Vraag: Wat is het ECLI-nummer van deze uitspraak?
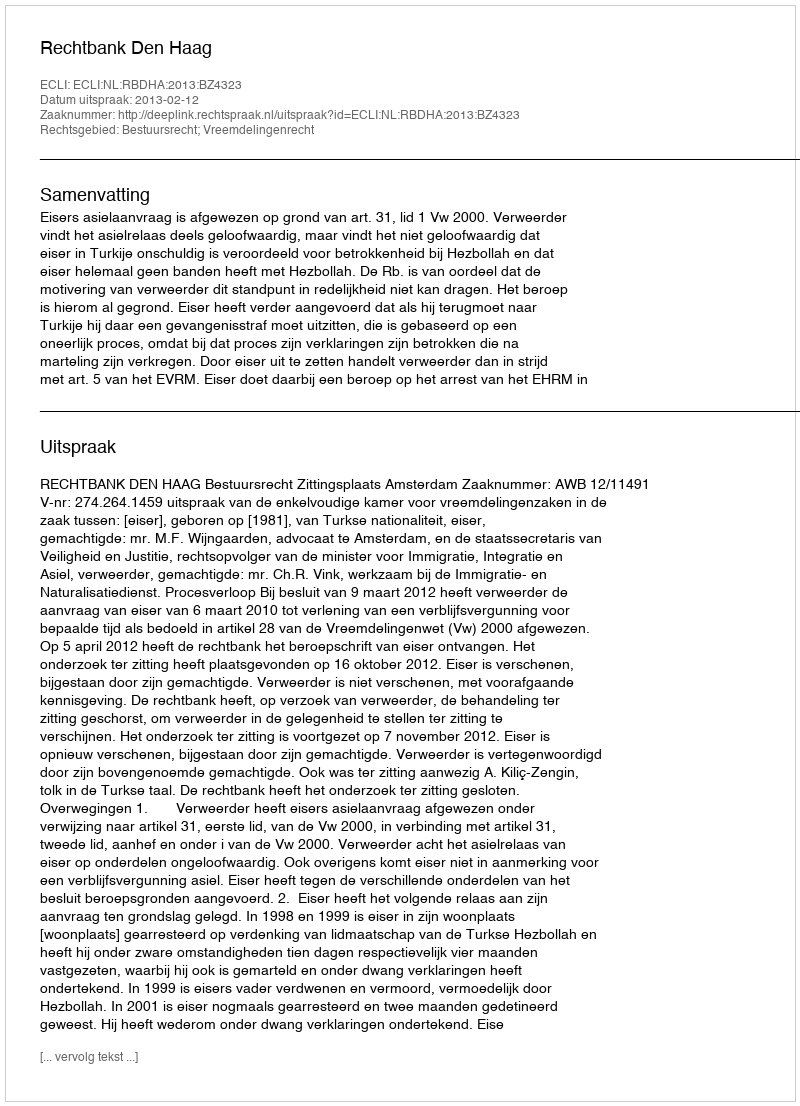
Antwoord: ECLI:NL:RBDHA:2013:BZ4323